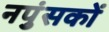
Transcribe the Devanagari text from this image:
नपुंसकों